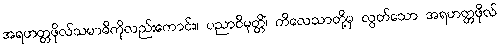
အရဟတ္တဖိုလ်သမာဓိကိုလည်းကောင်း။ ပညာဝိမုတ္တိံ၊ ကိလေသာတို့မှ လွတ်သော အရဟတ္တဖိုလ်